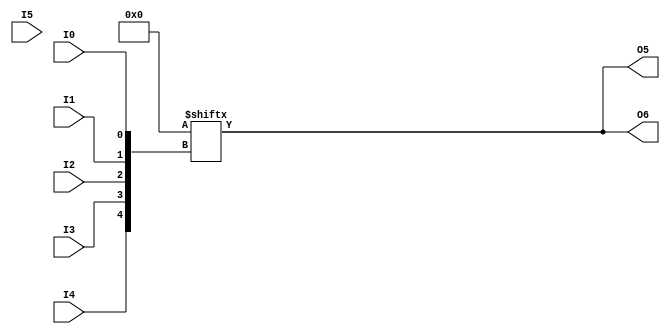
// $Header: /devl/xcs/repo/env/Databases/CAEInterfaces/verunilibs/data/rainier/LUT6_2.v,v 1.2 2007/06/01 00:22:57 yanx Exp $
///////////////////////////////////////////////////////////////////////////////
// Copyright (c) 1995/2004 Xilinx, Inc.
// All Right Reserved.
///////////////////////////////////////////////////////////////////////////////
//   ____  ____
//  /   /\/   /
// /___/  \  /    Vendor : Xilinx
// \   \   \/     Version : 10.1
//  \   \         Description : Xilinx Functional Simulation Library Component
//  /   /                  6-input Look-Up-Table with Two General Outputs
// /___/   /\     Filename : LUT6_2.v
// \   \  /  \    Timestamp : 
//  \___\/\___\
//
// Revision:
//    08/08/64 - Initial version.
//    05/30/07 - Change timescale to 1 ps / 1ps.
// End Revision

`timescale  1 ps / 1 ps


module LUT6_2 (O5, O6, I0, I1, I2, I3, I4, I5);

  parameter INIT = 64'h0000000000000000;

  input I0, I1, I2, I3, I4, I5;

  output O5, O6;

  reg [63:0] init_reg = INIT;
  reg [31:0] init_l, init_h;
  reg O_l, O_h, tmp;
  reg O5, O6;
  
  initial begin
     init_l = init_reg[31:0];
     init_h = init_reg[63:32];
  end

  always @(I5 or O_l or O_h) begin
    O5 = O_l;
    if (I5 == 1)
      O6 = O_h;
    else if (I5 == 0)
      O6 = O_l;
    else begin
      if (O_h == 0 && O_l == 0)
         O6 = 1'b0;
      else if (O_h == 1 && O_l == 1)
         O6 = 1'b1;
      else
         O6 = 1'bx;
      end
   end
   

  always @( I4 or I3 or  I2 or  I1 or  I0 )  begin
    tmp =  I0 ^ I1  ^ I2 ^ I3 ^ I4;
    if ( tmp == 0 || tmp == 1) begin
        O_l = init_l[{I4, I3, I2, I1, I0}];
        O_h = init_h[{I4, I3, I2, I1, I0}];
    end
    else begin
      O_l =  lut4_mux4 ( 
                        { lut6_mux8 ( init_l[31:24], {I2, I1, I0}),
                          lut6_mux8 ( init_l[23:16], {I2, I1, I0}),
                          lut6_mux8 ( init_l[15:8], {I2, I1, I0}),
                          lut6_mux8 ( init_l[7:0], {I2, I1, I0}) }, { I4, I3});
      O_h =  lut4_mux4 ( 
                        { lut6_mux8 ( init_h[31:24], {I2, I1, I0}),
                          lut6_mux8 ( init_h[23:16], {I2, I1, I0}),
                          lut6_mux8 ( init_h[15:8], {I2, I1, I0}),
                          lut6_mux8 ( init_h[7:0], {I2, I1, I0}) }, { I4, I3});
     end
    end

  function lut6_mux8;
  input [7:0] d;
  input [2:0] s;
   
  begin

       if ((s[2]^s[1]^s[0] ==1) || (s[2]^s[1]^s[0] ==0))
           
           lut6_mux8 = d[s];

         else
           if ( ~(|d))
                 lut6_mux8 = 1'b0;
           else if ((&d))
                 lut6_mux8 = 1'b1;
           else if (((s[1]^s[0] ==1'b1) || (s[1]^s[0] ==1'b0)) && (d[{1'b0,s[1:0]}]===d[{1'b1,s[1:0]}]))
                 lut6_mux8 = d[{1'b0,s[1:0]}];
           else if (((s[2]^s[0] ==1) || (s[2]^s[0] ==0)) && (d[{s[2],1'b0,s[0]}]===d[{s[2],1'b1,s[0]}]))
                 lut6_mux8 = d[{s[2],1'b0,s[0]}];
           else if (((s[2]^s[1] ==1) || (s[2]^s[1] ==0)) && (d[{s[2],s[1],1'b0}]===d[{s[2],s[1],1'b1}]))
                 lut6_mux8 = d[{s[2],s[1],1'b0}];
           else if (((s[0] ==1) || (s[0] ==0)) && (d[{1'b0,1'b0,s[0]}]===d[{1'b0,1'b1,s[0]}]) &&
              (d[{1'b0,1'b0,s[0]}]===d[{1'b1,1'b0,s[0]}]) && (d[{1'b0,1'b0,s[0]}]===d[{1'b1,1'b1,s[0]}]))
                 lut6_mux8 = d[{1'b0,1'b0,s[0]}];
           else if (((s[1] ==1) || (s[1] ==0)) && (d[{1'b0,s[1],1'b0}]===d[{1'b0,s[1],1'b1}]) &&
              (d[{1'b0,s[1],1'b0}]===d[{1'b1,s[1],1'b0}]) && (d[{1'b0,s[1],1'b0}]===d[{1'b1,s[1],1'b1}]))
                 lut6_mux8 = d[{1'b0,s[1],1'b0}];
           else if (((s[2] ==1) || (s[2] ==0)) && (d[{s[2],1'b0,1'b0}]===d[{s[2],1'b0,1'b1}]) &&
              (d[{s[2],1'b0,1'b0}]===d[{s[2],1'b1,1'b0}]) && (d[{s[2],1'b0,1'b0}]===d[{s[2],1'b1,1'b1}]))
                 lut6_mux8 = d[{s[2],1'b0,1'b0}];
           else
                 lut6_mux8 = 1'bx;
   end
  endfunction


  function lut4_mux4;
  input [3:0] d;
  input [1:0] s;
   
  begin

       if ((s[1]^s[0] ==1) || (s[1]^s[0] ==0))

           lut4_mux4 = d[s];

         else if ((d[0] === d[1]) && (d[2] === d[3])  && (d[0] === d[2]) )
           lut4_mux4 = d[0];
         else if ((s[1] == 0) && (d[0] === d[1]))
           lut4_mux4 = d[0];
         else if ((s[1] == 1) && (d[2] === d[3]))
           lut4_mux4 = d[2];
         else if ((s[0] == 0) && (d[0] === d[2]))
           lut4_mux4 = d[0];
         else if ((s[0] == 1) && (d[1] === d[3]))
           lut4_mux4 = d[1];
         else
           lut4_mux4 = 1'bx;

   end
  endfunction

endmodule